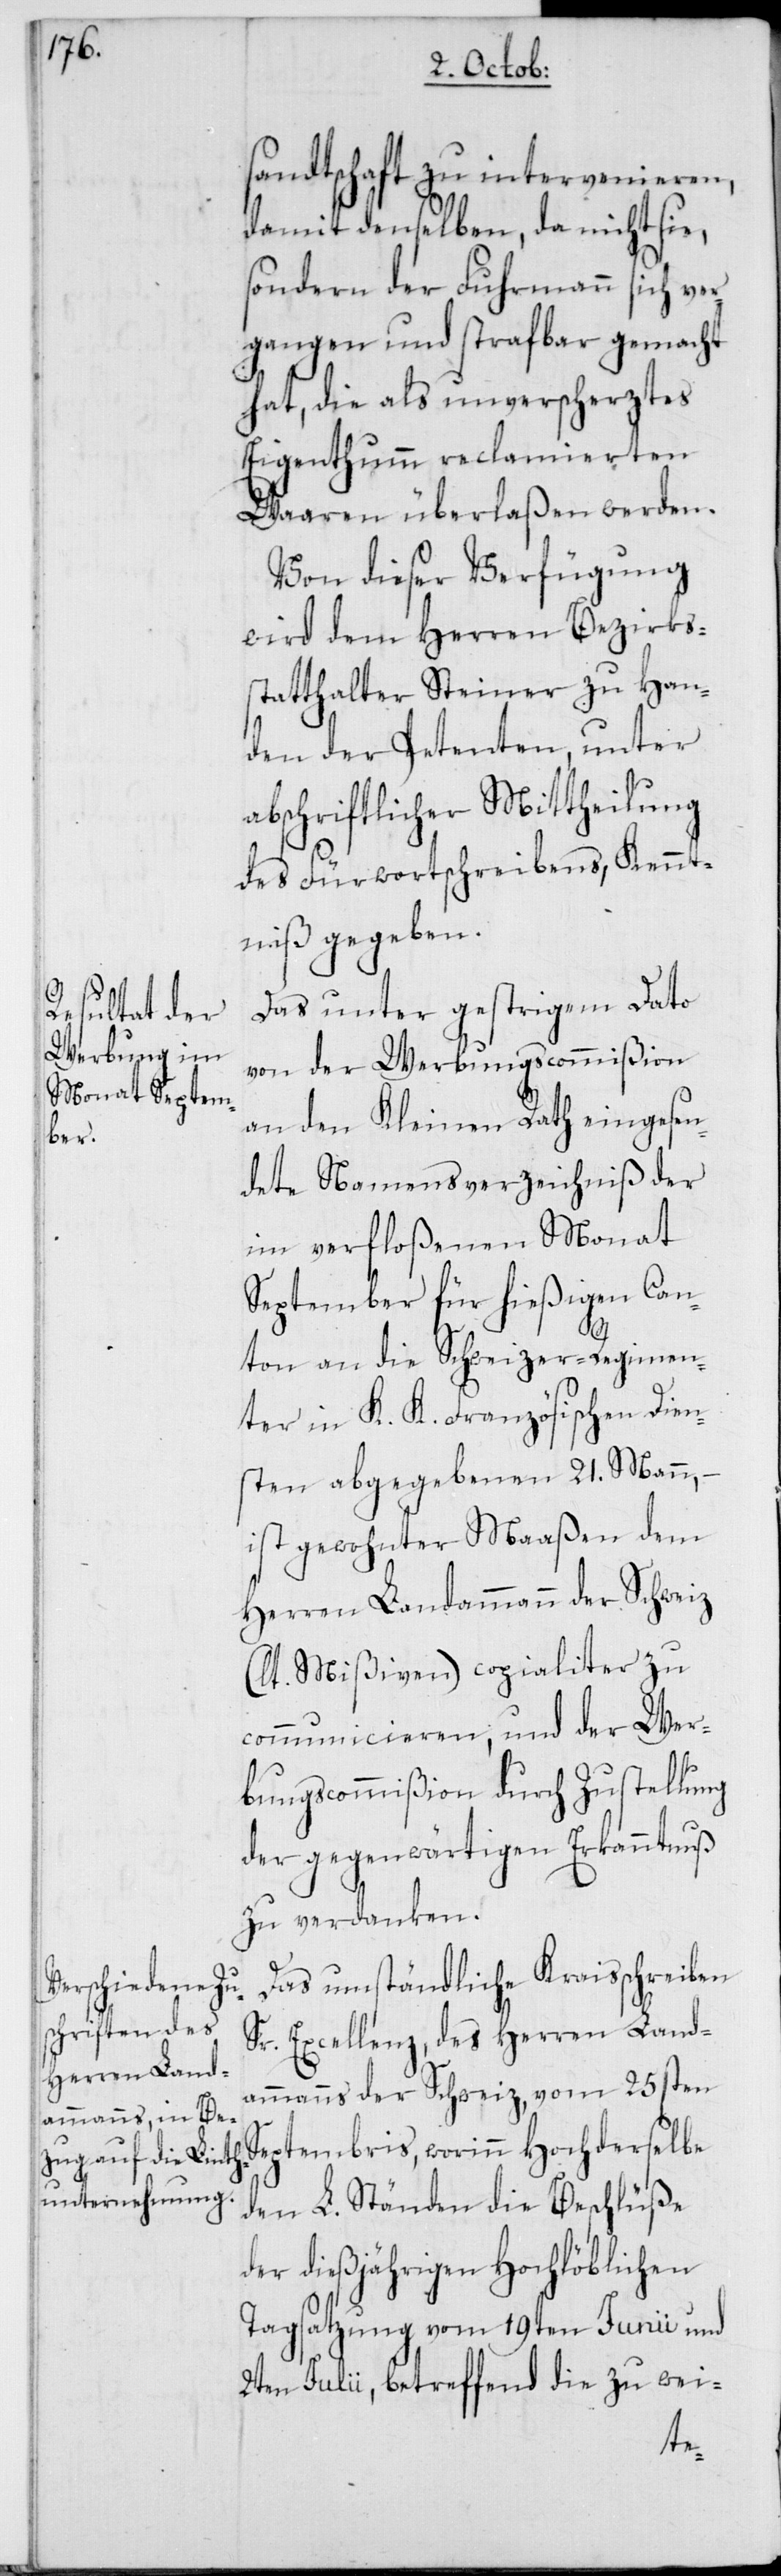
sandtschaft zu intervenieren,
damit denselben, da nicht sie,
sondern der Fuhrmann sich ver¬
gangen und strafbar gemacht
hat, die als unverscherztes
Eigenthumm reclamierten
Waaren überlaßen werden.
Von dieser Verfügung
wird dem Herren Bezirks¬
statthalter Steiner zu Han¬
den der Petenten, unter
abschriftlicher Mittheilung
des Fürwortschreibens, Kennt¬
niß gegeben.
Das unterm gestrigem Dato
von der Werbungscommißion
an den Kleinen Rath eingesen¬
dete Namensverzeichniß der
im verfloßenen Monat
September für hießigen Can¬
ton an die Schweizer-Regimen¬
ter in K. K. Französischen Dien¬
sten abgegebenen 21. Mann, –
ist gewohnter Maaßen dem
Herren Landammann der Schweiz
(lt. Mißiven) copialiter zu
communicieren, und der Wer¬
bungscommißion durch Zustellung
der gegenwärtigen Erkanntnuß
zu verdanken.
Das umständliche Kraisschreiben
Sr. Excellenz, des Herren Land¬
ammanns der Schweiz, vom 25sten
Septembris, worinn Hochderselbe
den L. Ständen die Beschlüße
der dießjährigen Hochlöblichen
Tagsatzung vom 19ten Junii und
2ten Julii, betreffend die zu wei-